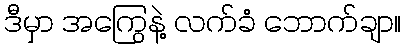
ဒီမှာ အကြွေနဲ့ လက်ခံ ဘောက်ချာ။